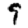
Digit: 9